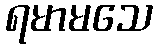
ရမာမသေ